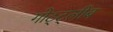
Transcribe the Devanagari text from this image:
गोट्ट्लीब